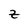
Character: z